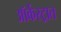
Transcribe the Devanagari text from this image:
ऑर्केस्ट्रात